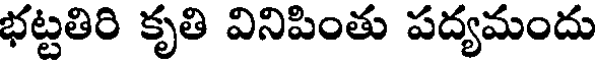
భట్టతిరి కృతి వినిపింతు పద్యమందు